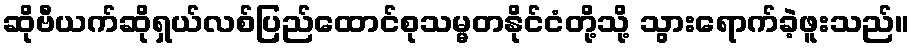
ဆိုဗီယက်ဆိုရှယ်လစ်ပြည်ထောင်စုသမ္မတနိုင်ငံတို့သို့ သွားရောက်ခဲ့ဖူးသည်။